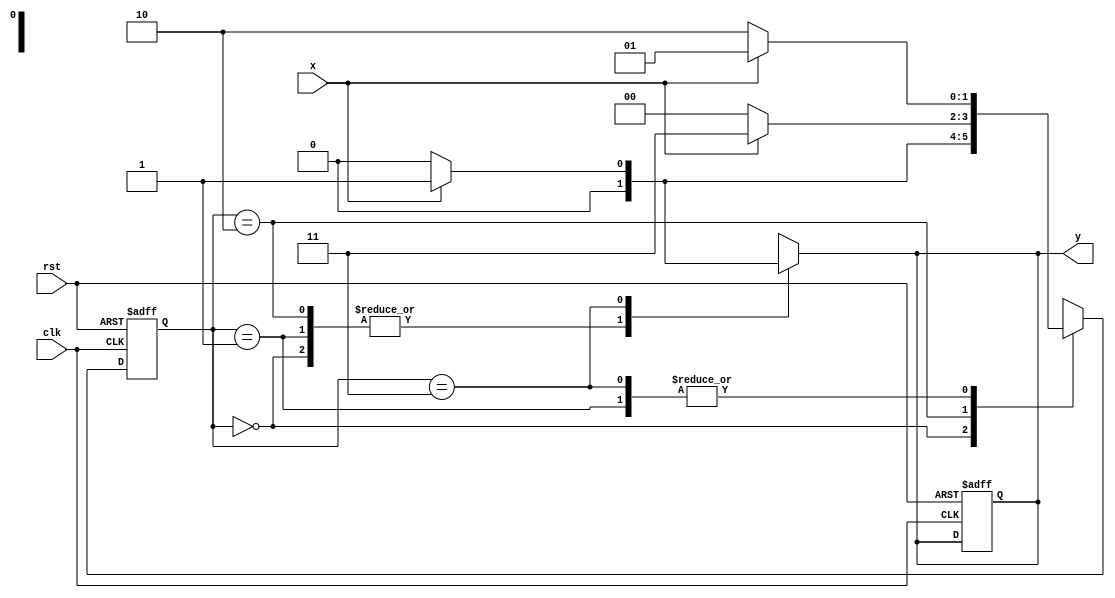
`timescale 1ns / 1ps
//////////////////////////////////////////////////////////////////////////////////
// Company: 
// Engineer: 
// 
// Design Name: 
// Module Name:    MEALYMODEL 
// Project Name: 
// Target Devices: 
// Tool versions: 
// Description: 
//
// Dependencies: 
//
// Revision: 
// Revision 0.01 - File Created
// Additional Comments: 
//
//////////////////////////////////////////////////////////////////////////////////

//20L118 HARIHARAN R R
module MEALYMODEL(input x,rst,clk,output reg y);
reg [1:0]p,n;
parameter A=2'b00,B=2'b01,C=2'b10,D=2'b11;
always @(posedge clk,posedge rst)begin
if(rst)
begin
 p=A;
 y=1'b1;
 end
else
p=n;
end
always@(p or x)
begin
y=1'b0;
 case(p)
 A:
 if(x) n=B;
 else n=A;
 B:
 if(x) n=B;
 else  n=C;
 C: 
 if(x) n=D;
 else n=A;
 D:
 if(x)begin n=B; y=1'b1; end
 else  n=C;
 
 endcase
 end

endmodule